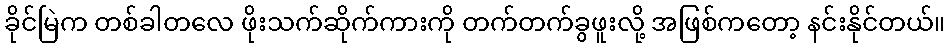
ခိုင်မြဲက တစ်ခါတလေ ဖိုးသက်ဆိုက်ကားကို တက်တက်ခွဖူးလို့ အဖြစ်ကတော့ နင်းနိုင်တယ်။